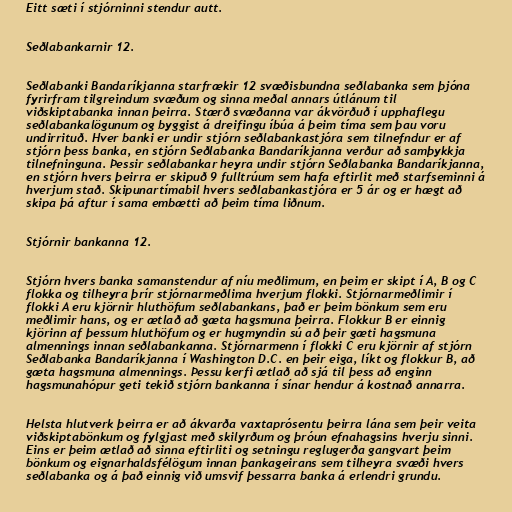
Eitt sæti í stjórninni stendur autt.

Seðlabankarnir 12.

Seðlabanki Bandaríkjanna starfrækir 12 svæðisbundna seðlabanka sem þjóna
fyrirfram tilgreindum svæðum og sinna meðal annars útlánum til
viðskiptabanka innan þeirra. Stærð svæðanna var ákvörðuð í upphaflegu
seðlabankalögunum og byggist á dreifingu íbúa á þeim tíma sem þau voru
undirrituð. Hver banki er undir stjórn seðlabankastjóra sem tilnefndur er af
stjórn þess banka, en stjórn Seðlabanka Bandaríkjanna verður að samþykkja
tilnefninguna. Þessir seðlabankar heyra undir stjórn Seðlabanka Bandaríkjanna,
en stjórn hvers þeirra er skipuð 9 fulltrúum sem hafa eftirlit með starfseminni á
hverjum stað. Skipunartímabil hvers seðlabankastjóra er 5 ár og er hægt að
skipa þá aftur í sama embætti að þeim tíma liðnum.

Stjórnir bankanna 12.

Stjórn hvers banka samanstendur af níu meðlimum, en þeim er skipt í A, B og C
flokka og tilheyra þrír stjórnarmeðlima hverjum flokki. Stjórnarmeðlimir í
flokki A eru kjörnir hluthöfum seðlabankans, það er þeim bönkum sem eru
meðlimir hans, og er ætlað að gæta hagsmuna þeirra. Flokkur B er einnig
kjörinn af þessum hluthöfum og er hugmyndin sú að þeir gæti hagsmuna
almennings innan seðlabankanna. Stjórnarmenn í flokki C eru kjörnir af stjórn
Seðlabanka Bandaríkjanna í Washington D.C. en þeir eiga, líkt og flokkur B, að
gæta hagsmuna almennings. Þessu kerfi ætlað að sjá til þess að enginn
hagsmunahópur geti tekið stjórn bankanna í sínar hendur á kostnað annarra.

Helsta hlutverk þeirra er að ákvarða vaxtaprósentu þeirra lána sem þeir veita
viðskiptabönkum og fylgjast með skilyrðum og þróun efnahagsins hverju sinni.
Eins er þeim ætlað að sinna eftirliti og setningu reglugerða gangvart þeim
bönkum og eignarhaldsfélögum innan þankageirans sem tilheyra svæði hvers
seðlabanka og á það einnig við umsvif þessarra banka á erlendri grundu.